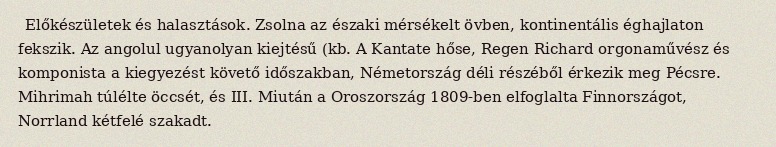
Előkészületek és halasztások. Zsolna az északi mérsékelt övben, kontinentális éghajlaton fekszik. Az angolul ugyanolyan kiejtésű (kb. A Kantate hőse, Regen Richard orgonaművész és komponista a kiegyezést követő időszakban, Németország déli részéből érkezik meg Pécsre. Mihrimah túlélte öccsét, és III. Miután a Oroszország 1809-ben elfoglalta Finnországot, Norrland kétfelé szakadt.